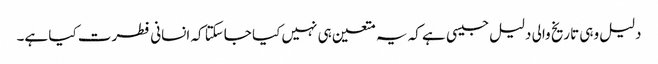
دلیل وہی تاریخ والی دلیل جیسی ہے کہ یہ متعین ہی نہیں کیا جاسکتا کہ انسانی فطرت کیا ہے۔